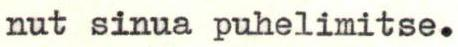
nut sinua puhelimitse.